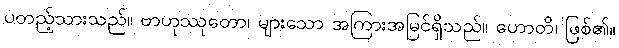
ပတည့်သားသည်။ ဗာဟုဿုတော၊ များသော အကြားအမြင်ရှိသည်။ ဟောတိ၊ ဖြစ်၏။